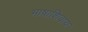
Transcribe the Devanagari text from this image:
भाषांशिवाय